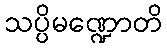
သပ္ပိမဏ္ဍောတိ